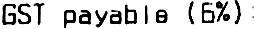
GST PAYABLE (6%) :